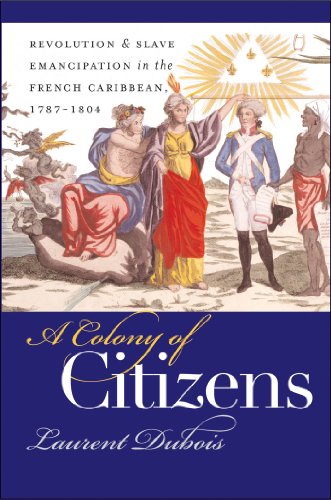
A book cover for A Colony of Citizens: Revolution & Slave Emancipation in the French Caribbean, 1787-1804; Laurent Dubois; History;